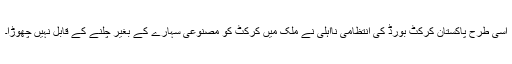
اسی طرح پاکستان کرکٹ بورڈ کی انتظامی نااہلی نے ملک میں کرکٹ کو مصنوعی سہارے کے بغیر چلنے کے قابل نہیں چھوڑا۔